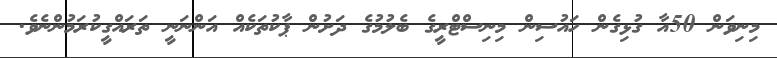
މިނިވަން 50އާ ގުޅިގެން ހައުސިން މިނިސްޓްރީގެ ބެލުމުގެ ދަށުން ޕާކުތަކެއް އަންނަނީ ތަރައްގީކުރަމުންނެވެ.